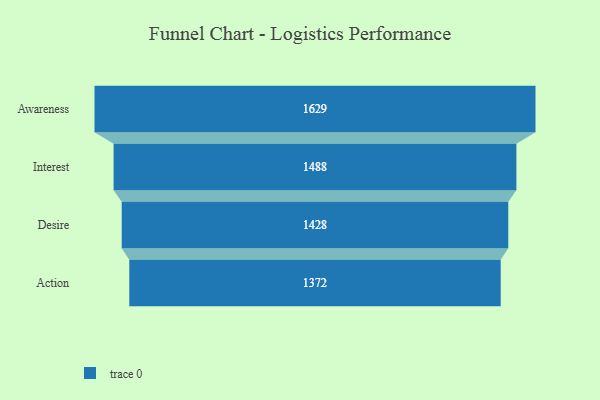
{"axis": {"x": "Stage", "y": "Value"}, "legend": [""], "data": [{"x": "Awareness", "y": 1629.0, "type": ""}, {"x": "Interest", "y": 1488.0, "type": ""}, {"x": "Desire", "y": 1428.0, "type": ""}, {"x": "Action", "y": 1372.0, "type": ""}]}